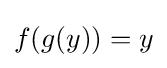
{\textstyle f(g(y))=y}